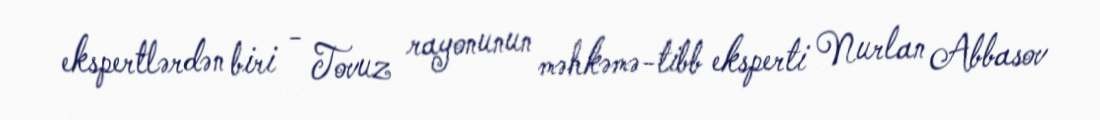
ekspertlərdən biri - Tovuz rayonunun məhkəmə-tibb eksperti Nurlan Abbasov